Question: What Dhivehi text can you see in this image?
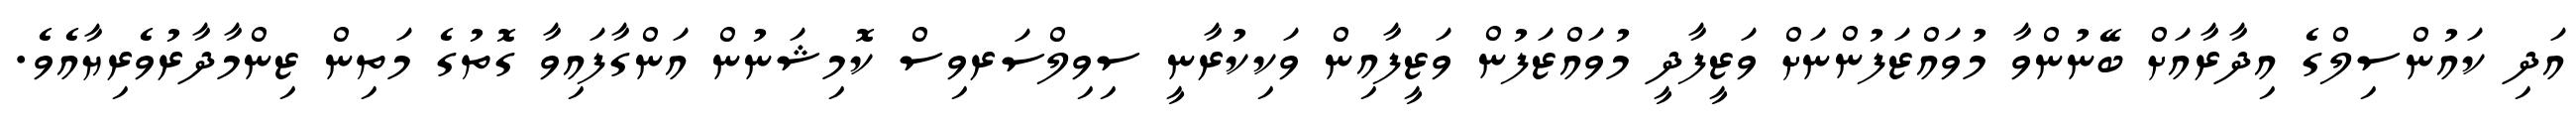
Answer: އަދި ކައުންސިލްގެ އިދާރާއަށް ބޭނުންވާ މުވައްޒަފުންނަށް ވަޒީފާދީ މުވައްޒަފުން ވަޒީފާއިން ވަކިކުރާނީ ސިވިލްސަރވިސް ކޮމިޝަނުން އަންގާފައިވާ ގޮތުގެ މަތިން ޒިންމާދާރުވެރިޔާއެވެ.